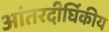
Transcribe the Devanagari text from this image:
आंतरदीर्घिकीय